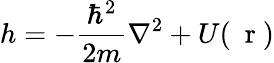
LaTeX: h=-\frac{\hbar^{2}}{2m}\nabla^{2}+U(\mathrm{~\mathbf~r~})